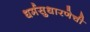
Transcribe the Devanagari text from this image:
धर्मसुधारणेची